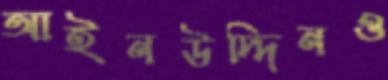
আইনউদ্দিনও